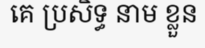
គេ ប្រសិទ្ធ នាម ខ្លួន